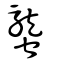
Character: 蠪